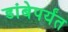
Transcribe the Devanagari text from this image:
डांबेपर्यंत